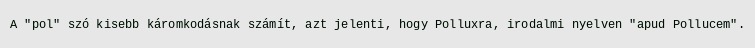
A "pol" szó kisebb káromkodásnak számít, azt jelenti, hogy Polluxra, irodalmi nyelven "apud Pollucem".